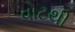
વોટથી